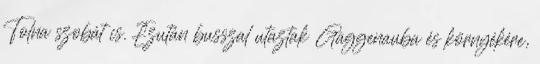
Tolna szobát is. Ezután busszal utaztak Gaggenauba és környékére,